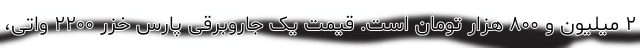
۲ میلیون و ۸۰۰ هزار تومان است. قیمتِ یک جاروبرقی پارس خزرِ ۲۲۰۰ واتی،